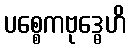
ပစ္စေကဗုဒ္ဓေဟိ